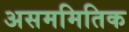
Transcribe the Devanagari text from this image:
असममितिक